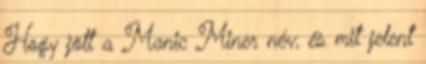
Hogy jött a Manic Miner név, és mit jelent